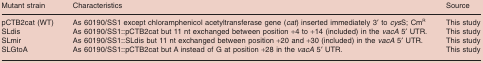
<table><thead><tr><td><b>Mutant strain</b></td><td><b>Characteristics</b></td><td><b>Source</b></td></tr></thead><tbody><tr><td>pCTB2cat (WT)</td><td>As 60190/SS1 except chloramphenicol acetyltransferase gene (<i>cat</i>) inserted immediately 3′ to <i>cys</i>S; Cm<sup>R</sup></td><td>This study</td></tr><tr><td>SLdis</td><td>As 60190/SS1::pCTB2cat but 11 nt exchanged between position +4 to +14 (included) in the <i>vacA</i> 5′ UTR.</td><td>This study</td></tr><tr><td>SLmir</td><td>As 60190/SS1::SLdis but 11 nt exchanged between position +20 and +30 (included) in the <i>vacA</i> 5′ UTR.</td><td>This study</td></tr><tr><td>SLGtoA</td><td>As 60190/SS1::pCTB2cat but A instead of G at position +28 in the <i>vacA</i> 5′ UTR.</td><td>This study</td></tr></tbody></table>